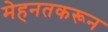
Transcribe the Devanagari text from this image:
मेहनतकरून